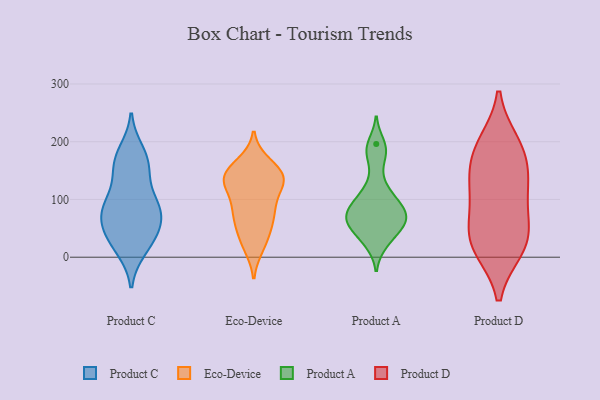
{"axis": {"x": "Net Income (USD K)", "y": "Value"}, "legend": ["Eco-Device", "Product A", "Product C", "Product D"], "data": [{"x": "", "y": 43, "type": "Product C"}, {"x": "", "y": 183, "type": "Product C"}, {"x": "", "y": 150, "type": "Product C"}, {"x": "", "y": 14, "type": "Product C"}, {"x": "", "y": 36, "type": "Product C"}, {"x": "", "y": 147, "type": "Product C"}, {"x": "", "y": 46, "type": "Product C"}, {"x": "", "y": 56, "type": "Product C"}, {"x": "", "y": 74, "type": "Product C"}, {"x": "", "y": 93, "type": "Product C"}, {"x": "", "y": 91, "type": "Product C"}, {"x": "", "y": 88, "type": "Product C"}, {"x": "", "y": 174, "type": "Product C"}, {"x": "", "y": 96, "type": "Product C"}, {"x": "", "y": 76, "type": "Product C"}, {"x": "", "y": 15, "type": "Product C"}, {"x": "", "y": 163, "type": "Product C"}, {"x": "", "y": 136, "type": "Eco-Device"}, {"x": "", "y": 26, "type": "Eco-Device"}, {"x": "", "y": 19, "type": "Eco-Device"}, {"x": "", "y": 129, "type": "Eco-Device"}, {"x": "", "y": 124, "type": "Eco-Device"}, {"x": "", "y": 71, "type": "Eco-Device"}, {"x": "", "y": 80, "type": "Eco-Device"}, {"x": "", "y": 162, "type": "Eco-Device"}, {"x": "", "y": 141, "type": "Eco-Device"}, {"x": "", "y": 146, "type": "Eco-Device"}, {"x": "", "y": 76, "type": "Eco-Device"}, {"x": "", "y": 96, "type": "Eco-Device"}, {"x": "", "y": 65, "type": "Eco-Device"}, {"x": "", "y": 39, "type": "Eco-Device"}, {"x": "", "y": 137, "type": "Eco-Device"}, {"x": "", "y": 130, "type": "Eco-Device"}, {"x": "", "y": 152, "type": "Eco-Device"}, {"x": "", "y": 91, "type": "Product A"}, {"x": "", "y": 60, "type": "Product A"}, {"x": "", "y": 91, "type": "Product A"}, {"x": "", "y": 24, "type": "Product A"}, {"x": "", "y": 94, "type": "Product A"}, {"x": "", "y": 66, "type": "Product A"}, {"x": "", "y": 131, "type": "Product A"}, {"x": "", "y": 47, "type": "Product A"}, {"x": "", "y": 108, "type": "Product A"}, {"x": "", "y": 29, "type": "Product A"}, {"x": "", "y": 180, "type": "Product A"}, {"x": "", "y": 75, "type": "Product A"}, {"x": "", "y": 182, "type": "Product A"}, {"x": "", "y": 67, "type": "Product A"}, {"x": "", "y": 196, "type": "Product A"}, {"x": "", "y": 60, "type": "Product A"}, {"x": "", "y": 62, "type": "Product A"}, {"x": "", "y": 30, "type": "Product D"}, {"x": "", "y": 71, "type": "Product D"}, {"x": "", "y": 16, "type": "Product D"}, {"x": "", "y": 188, "type": "Product D"}, {"x": "", "y": 176, "type": "Product D"}, {"x": "", "y": 41, "type": "Product D"}, {"x": "", "y": 138, "type": "Product D"}, {"x": "", "y": 116, "type": "Product D"}, {"x": "", "y": 17, "type": "Product D"}, {"x": "", "y": 196, "type": "Product D"}, {"x": "", "y": 119, "type": "Product D"}]}